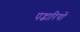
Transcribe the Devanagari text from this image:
पद्चारियों